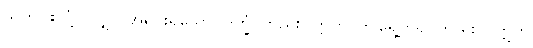
သူတပါးလုံ့လလျှင် အရင်းရှိသော။ ဒုက္ခံ၊ တည်း။ ဣတိ၊ ဤရွေ့တရပ်တည်း။ (ဣတိ